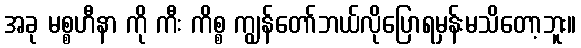
အခု မစ္စဟီနာ ကို ကီး ကိစ္စ ကျွန်တော်ဘယ်လိုပြောရမှန်းမသိတော့ဘူး။